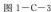
图1-C-3